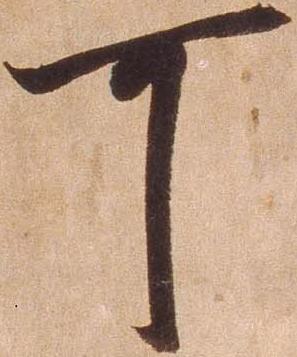
可